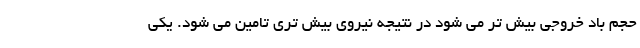
حجم باد خروجی بیش تر می شود در نتیجه نیروی بیش تری تامین می شود. یکی